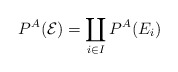
\begin{align*}P^{A}(\mathcal{E}) = \coprod_{i \in I} P^{A}(E_{i})\end{align*}